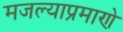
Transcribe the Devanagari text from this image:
मजल्याप्रमाणे